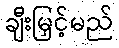
ချီးမြှင့်မည်